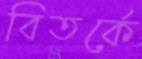
বিতর্কে